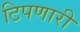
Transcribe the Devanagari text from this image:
टिपणारी